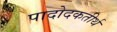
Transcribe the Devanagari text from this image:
पादोदकतीर्थ